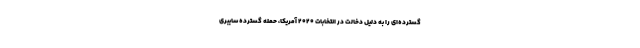
گسترده‌ای را به دلیل دخالت در انتخابات 2020 آمریکا، حمله گسترده سایبری